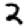
Digit: 2